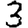
Digit: 3